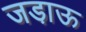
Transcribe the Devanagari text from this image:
जडा़ऊ